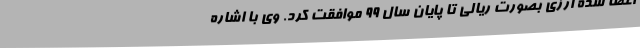
اعطا شده ارزی بصورت ریالی تا پایان سال 99 موافقت کرد. وی با اشاره